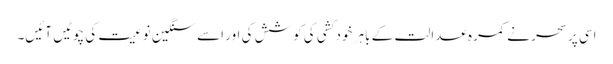
اسی پر سحر نے کمرہ عدالت کے باہر خود کشی کی کوشش کی اور اسے سنگین نوعیت کی چوٹیں آئیں۔